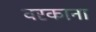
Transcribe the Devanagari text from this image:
वरकाना